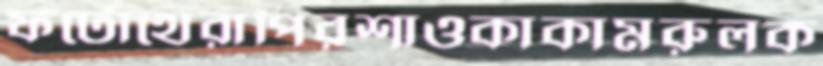
ফটোথেরাপিরশাওকাকামরুলক